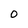
Character: 0